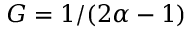
G = 1 / ( 2 \alpha - 1 )